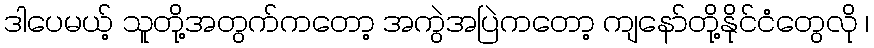
ဒါပေမယ့် သူတို့အတွက်ကတော့ အကွဲအပြဲကတော့ ကျနော်တို့နိုင်ငံတွေလို ၊